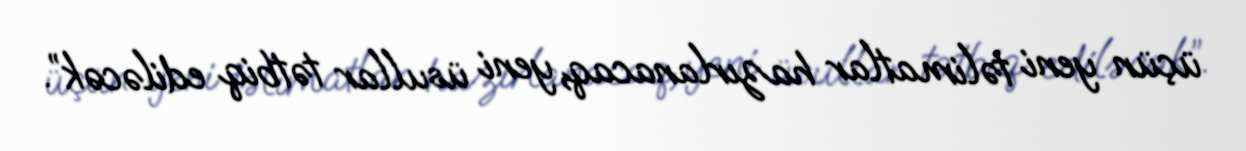
üçün yeni təlimatlar hazırlanacaq, yeni üsullar tətbiq ediləcək”.